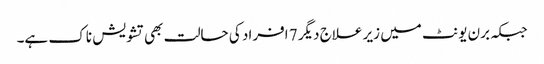
جبکہ برن یونٹ میں زیر علاج دیگر 7 افراد کی حالت بھی تشویش ناک ہے۔